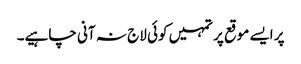
پر ایسے موقع پر تمہیں کوئی لاج نہ آنی چاہیے۔